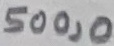
Text: 500,0